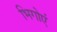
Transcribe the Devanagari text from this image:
भिगोएं